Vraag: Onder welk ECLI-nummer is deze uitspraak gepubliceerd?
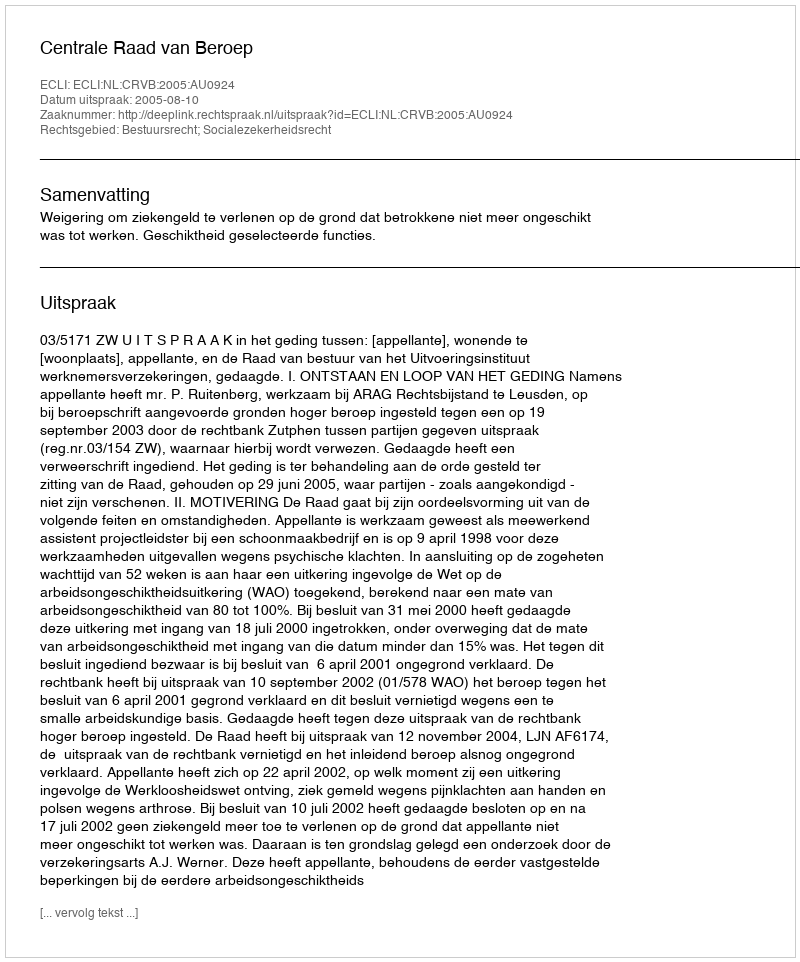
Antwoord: ECLI:NL:CRVB:2005:AU0924